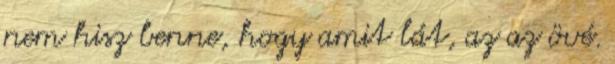
nem hisz benne, hogy amit lát, az az övé.